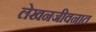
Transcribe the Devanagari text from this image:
लेखनजीवनात